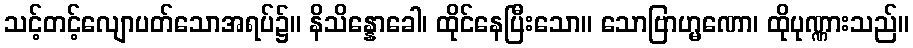
သင့်တင့်လျောပတ်သောအရပ်၌။ နိသိန္နောခေါ၊ ထိုင်နေပြီးသော။ သောဗြာဟ္မဏော၊ ထိုပုဏ္ဏားသည်။